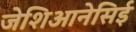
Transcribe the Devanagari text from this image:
जेशिआनेसिई